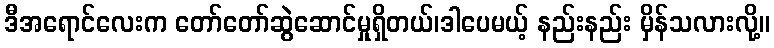
ဒီအရောင်လေးက တော်တော်ဆွဲဆောင်မှုရှိတယ်၊ဒါပေမယ့် နည်းနည်း မှိန်သလားလို့။